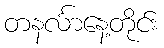
တနင်္လာနေ့တိုင်း